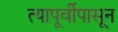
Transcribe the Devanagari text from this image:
त्यापूर्वीपासून